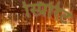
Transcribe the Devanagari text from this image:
स्प्रिरिट